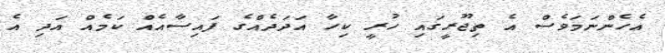
އެހެންނަމަވެސް އެ ތިޖޫރީގައި ހުރީ ކިހާ އަދަދެއްގެ ފައިސާއެއް ކަމެއް އަދި އެ